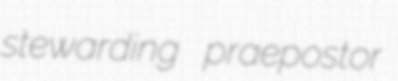
stewarding praepostor